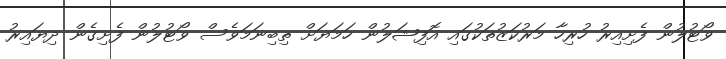
ވޯޓުލުން ފެށިއިރު ހުރިހާ މަރުކަޒުތަކުގައި އޮފިޝަލުން ހަމަޔަށް ތިބިނަމަވެސް ވޯޓުލުން ފެށިގެން ދިޔައިރު